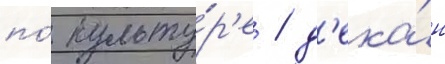
по́ культу́р'е / д'ека́н